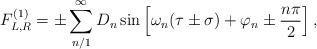
LaTeX: \begin{align*}F^{(1)}_{L,R} = \pm\sum_{n/1}^{\infty}D_n\sin\left[\omega_n(\tau\pm \sigma) + \varphi_n \pm \frac{n\pi}{2}\right],\end{align*}